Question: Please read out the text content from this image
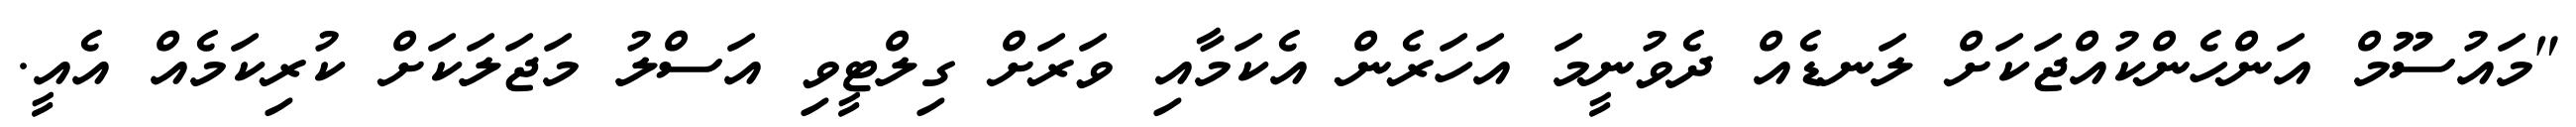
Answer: "މައުސޫމް އަންހެންކުއްޖަކަށް ލަނޑެއް ދެވުނީމަ އަހަރެން އެކަމާއި ވަރަށް ގިލްޓީވި އަސްލު މަޖަލަކަށް ކުރިކަމެއް އެއީ.